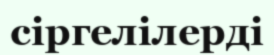
сіргелілерді